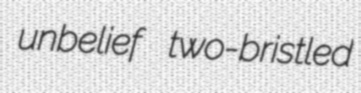
unbelief two-bristled